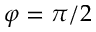
\varphi = \pi / 2